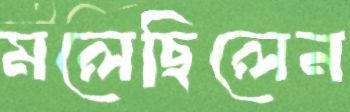
মলেছিলেন